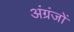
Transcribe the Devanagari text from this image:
अंग्रंजों